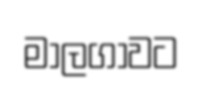
මාලගාවට